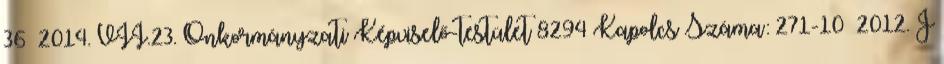
36 2014. VII.23. Önkormányzati Képviselő-testület 8294 Kapolcs Száma: 271-10 2012. J